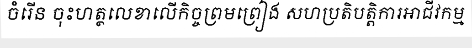
ចំរើន ចុះហត្ថលេខាលើកិច្ចព្រមព្រៀង សហប្រតិបត្តិការអាជីវកម្ម